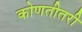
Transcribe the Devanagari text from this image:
कोणतीतरी